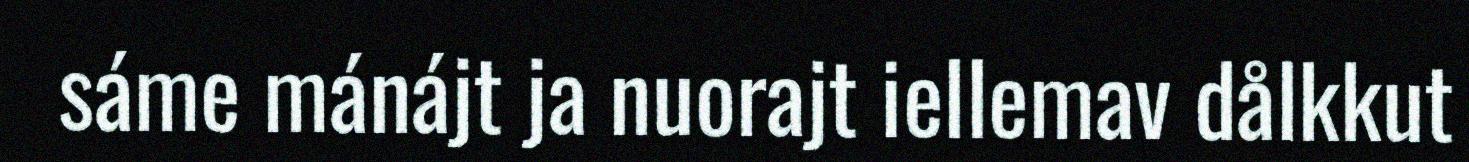
sáme mánájt ja nuorajt iellemav dålkkut